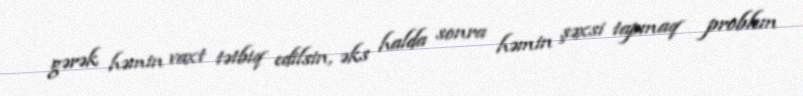
gərək həmin vaxt tətbiq edilsin, əks halda sonra həmin şəxsi tapmaq problem